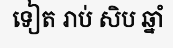
ទៀត រាប់ សិប ឆ្នាំ